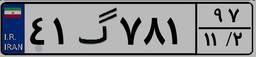
۴۱گ۷۸۱۹۷